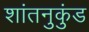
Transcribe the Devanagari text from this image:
शांतनुकुंड